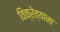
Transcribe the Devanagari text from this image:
विक्रेत्याना